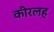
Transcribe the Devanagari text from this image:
कीरलह